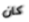
كان